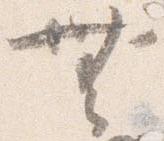
無